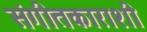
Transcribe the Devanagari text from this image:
संगीतकाराशी